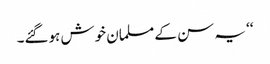
‘‘ یہ سن کے مسلمان خوش ہوگئے۔